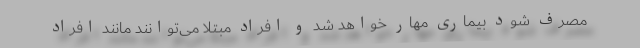
مصرف شود بیماری مهار خواهد شد و افراد مبتلا می‌توانند مانند افراد